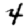
Digit: 4